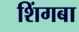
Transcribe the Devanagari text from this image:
शिंगबा